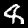
Digit: 8